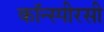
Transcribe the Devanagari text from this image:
कॉन्स्पीरसी